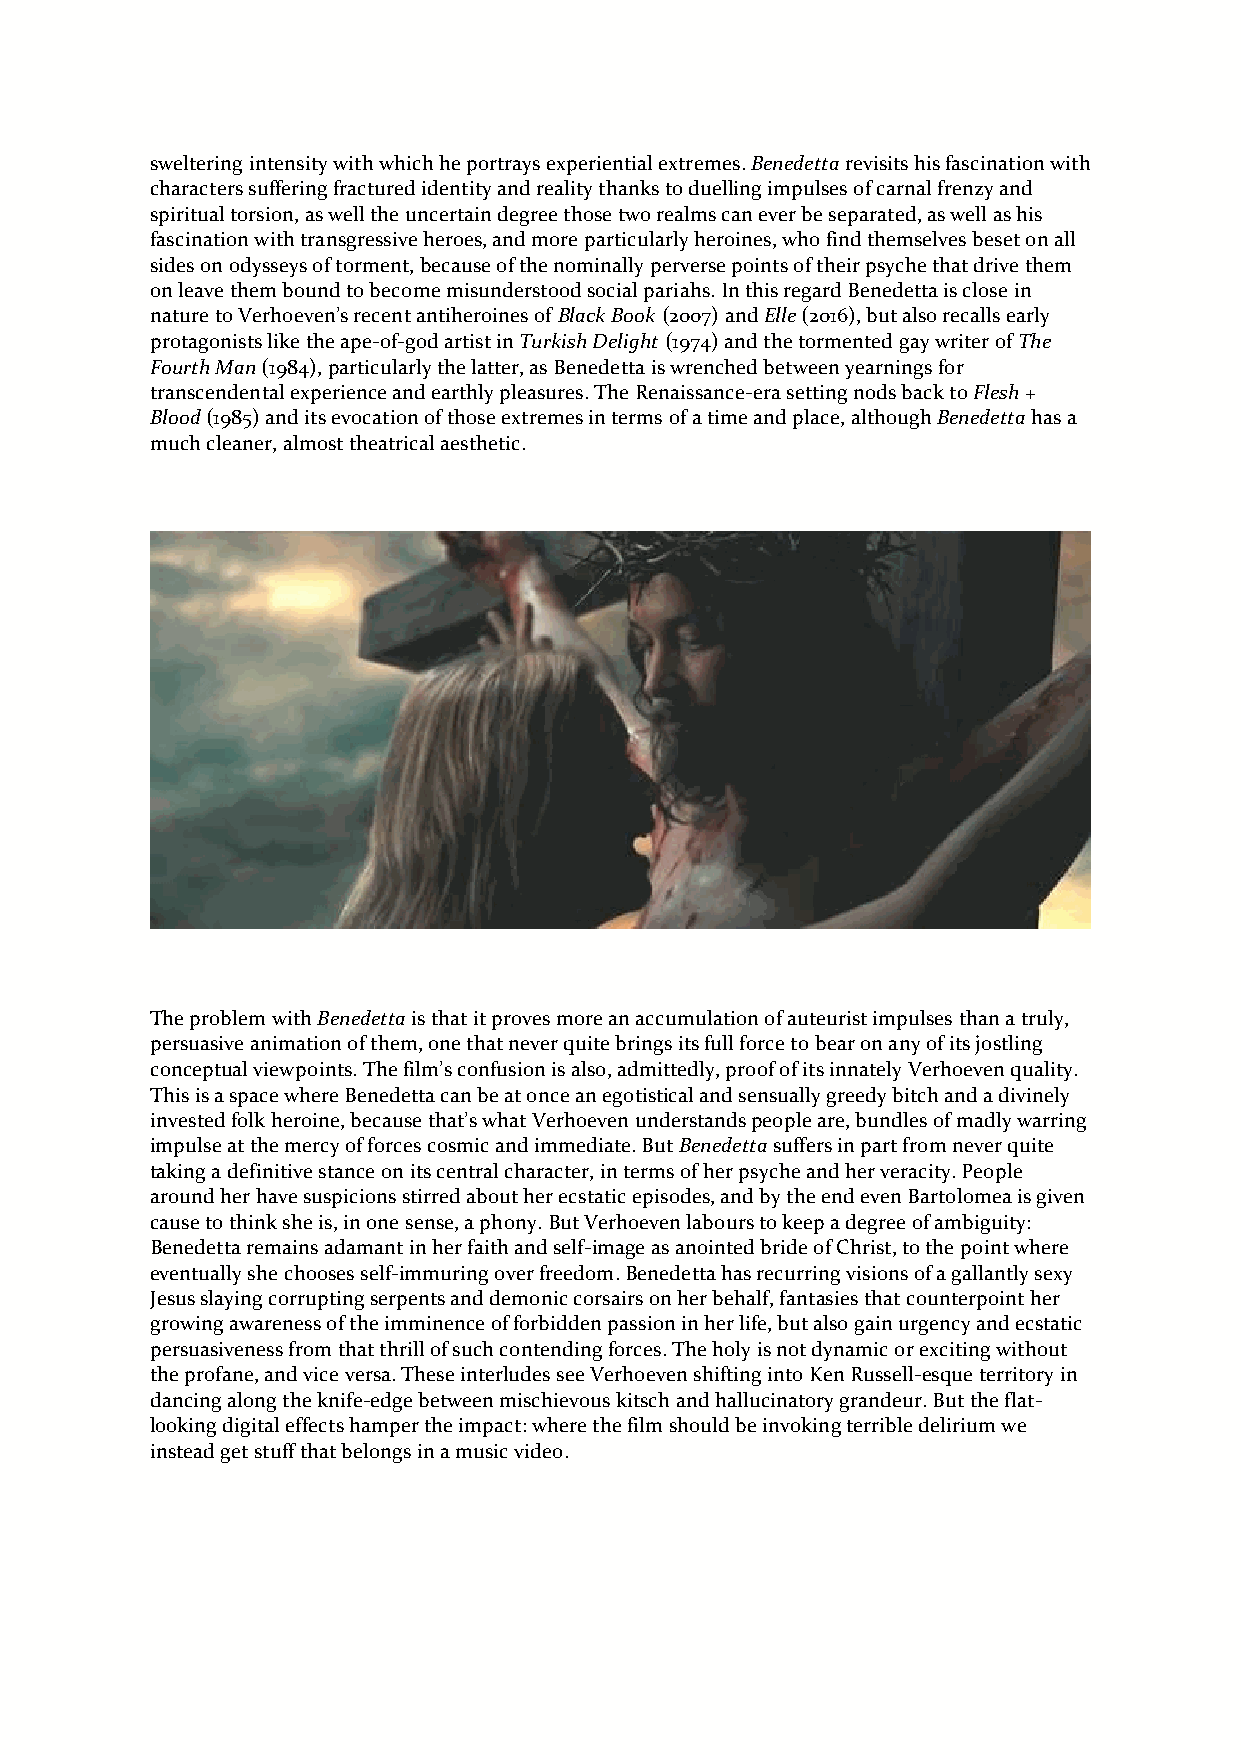
sweltering intensity with which he portrays experiential extremes. Benedetta revisits his fascination with
 characters suffering fractured identity and reality thanks to duelling impulses of carnal frenzy and
 spiritual torsion, as well the uncertain degree those two realms can ever be separated, as well as his
 fascination with transgressive heroes, and more particularly heroines, who find themselves beset on all
 sides on odysseys of torment, because of the nominally perverse points of their psyche that drive them
 on leave them bound to become misunderstood social pariahs. In this regard Benedetta is close in
 nature to Verhoeven’s recent antiheroines of Black Book (2007) and Elle (2016), but also recalls early
 protagonists like the ape-of-god artist in Turkish Delight (1974) and the tormented gay writer of The
 Fourth Man (1984), particularly the latter, as Benedetta is wrenched between yearnings for
 transcendental experience and earthly pleasures. The Renaissance-era setting nods back to Flesh +
 Blood (1985) and its evocation of those extremes in terms of a time and place, although Benedetta has a
 much cleaner, almost theatrical aesthetic.
 The problem with Benedetta is that it proves more an accumulation of auteurist impulses than a truly,
 persuasive animation of them, one that never quite brings its full force to bear on any of its jostling
 conceptual viewpoints. The film’s confusion is also, admittedly, proof of its innately Verhoeven quality.
 This is a space where Benedetta can be at once an egotistical and sensually greedy bitch and a divinely
 invested folk heroine, because that’s what Verhoeven understands people are, bundles of madly warring
 impulse at the mercy of forces cosmic and immediate. But Benedetta suffers in part from never quite
 taking a definitive stance on its central character, in terms of her psyche and her veracity. People
 around her have suspicions stirred about her ecstatic episodes, and by the end even Bartolomea is given
 cause to think she is, in one sense, a phony. But Verhoeven labours to keep a degree of ambiguity:
 Benedetta remains adamant in her faith and self-image as anointed bride of Christ, to the point where
 eventually she chooses self-immuring over freedom. Benedetta has recurring visions of a gallantly sexy
 Jesus slaying corrupting serpents and demonic corsairs on her behalf, fantasies that counterpoint her
 growing awareness of the imminence of forbidden passion in her life, but also gain urgency and ecstatic
 persuasiveness from that thrill of such contending forces. The holy is not dynamic or exciting without
 the profane, and vice versa. These interludes see Verhoeven shifting into Ken Russell-esque territory in
 dancing along the knife-edge between mischievous kitsch and hallucinatory grandeur. But the flat-
 looking digital effects hamper the impact: where the film should be invoking terrible delirium we
 instead get stuff that belongs in a music video.